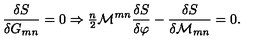
\frac { \delta S } { \delta G _ { m n } } = 0 \Rightarrow { \textstyle \frac { n } { 2 } } { \cal M } ^ { m n } \frac { \delta S } { \delta \varphi } - \frac { \delta S } { \delta { \cal M } _ { m n } } = 0 .